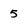
Character: 5